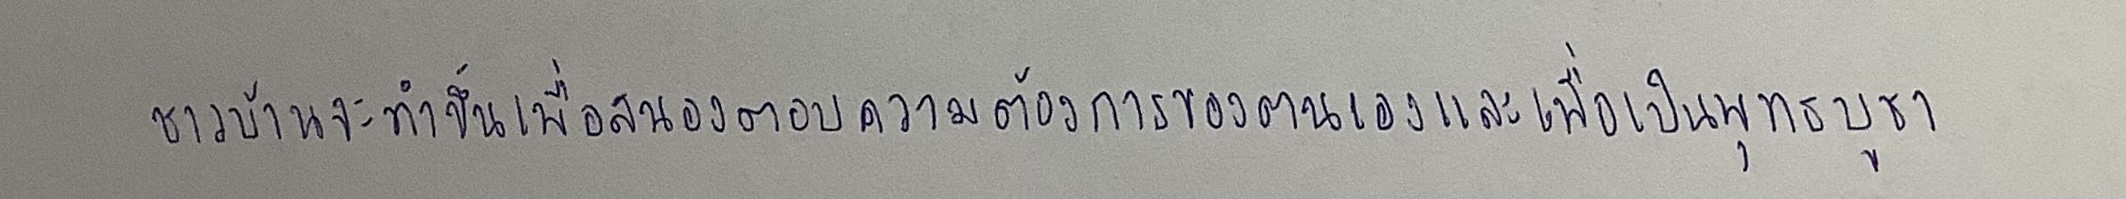
ชาวบ้านจะทำขึ้นเพื่อสนองตอบความต้องการของตนเองและเพื่อเป็นพุทธบูชา